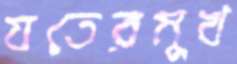
যতেরমুখ